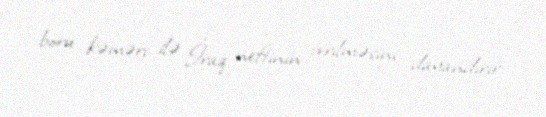
boru kəməri ilə İraq neftinin verilməsini dayandırır.